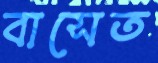
বাসেত